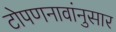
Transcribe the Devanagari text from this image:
टोपणनावांनुसार